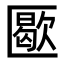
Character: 𠥜